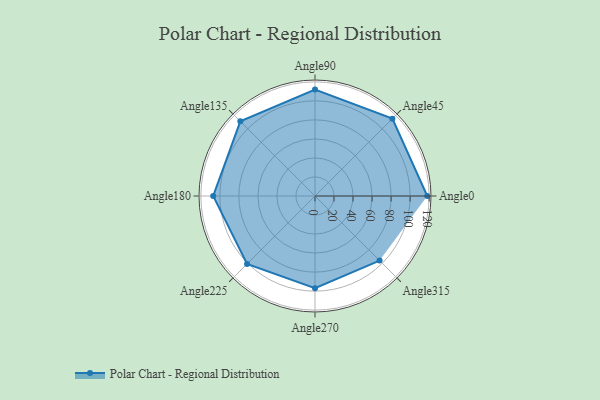
{"axis": {"x": "Angle", "y": "Radius"}, "legend": [""], "data": [{"x": "Angle0", "y": 118.0, "type": ""}, {"x": "Angle45", "y": 115.0, "type": ""}, {"x": "Angle90", "y": 112.0, "type": ""}, {"x": "Angle135", "y": 111.0, "type": ""}, {"x": "Angle180", "y": 107.0, "type": ""}, {"x": "Angle225", "y": 101.0, "type": ""}, {"x": "Angle270", "y": 97.0, "type": ""}, {"x": "Angle315", "y": 96.0, "type": ""}]}